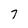
Character: 7